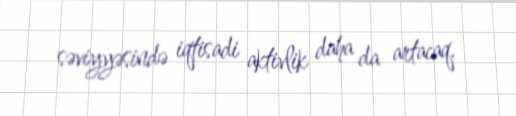
səviyyəsində iqtisadi aktivlik daha da artacaq.